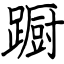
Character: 蹰